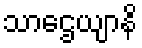
သာဌေယျာနိ